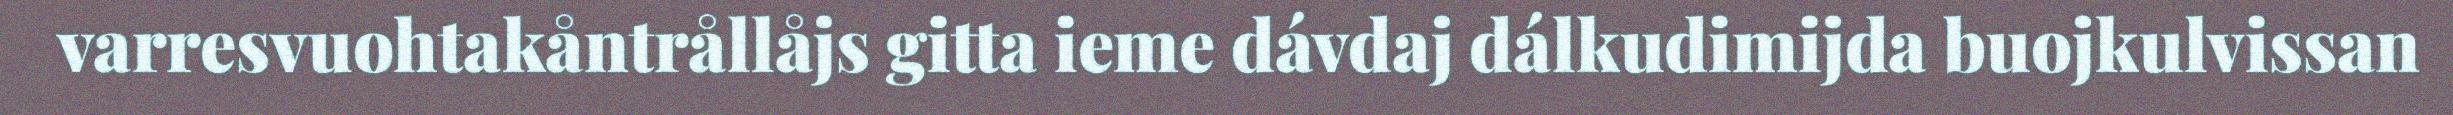
varresvuohtakåntrållåjs gitta ieme dávdaj dálkudimijda buojkulvissan